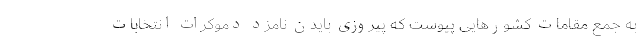
به جمع مقامات کشورهایی پیوست که پیروزی بایدن نامزد دموکرات انتخابات